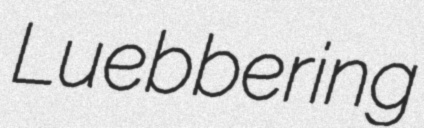
Luebbering